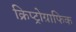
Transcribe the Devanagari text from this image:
क्रिप्ट्रोग्राफिक